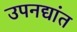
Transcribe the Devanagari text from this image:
उपनद्यांत